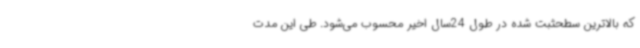
که بالاترین سطحثبت شده در طول 24سال اخیر محسوب می‌شود. طی این مدت